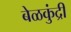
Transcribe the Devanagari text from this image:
बेळकुंद्री